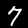
Label: 7